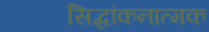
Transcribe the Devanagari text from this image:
सिद्धांकनात्मक